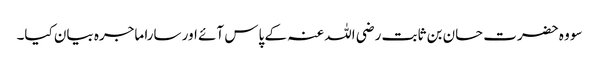
سو وہ حضرت حسان بن ثابت رضی اللہ عنہ کے پاس آئے اور سارا ماجرہ بیان کیا۔